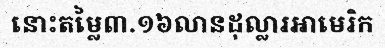
នោះតម្លៃ៣.១៦លានដុល្លារអាមេរិក